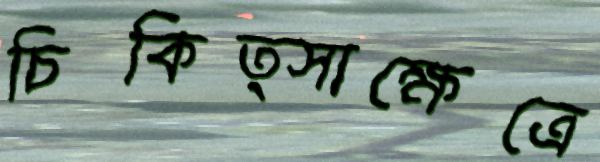
চিকিত্সাক্ষেত্রে